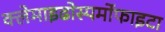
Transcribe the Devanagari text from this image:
क्लेमाइढोस्पर्मोफाइटा